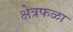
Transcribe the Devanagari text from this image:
क्षेत्रफळा